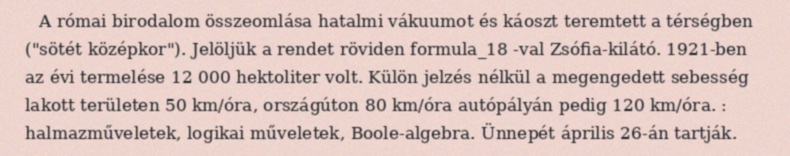
A római birodalom összeomlása hatalmi vákuumot és káoszt teremtett a térségben ("sötét középkor"). Jelöljük a rendet röviden formula_18 -val Zsófia-kilátó. 1921-ben az évi termelése 12 000 hektoliter volt. Külön jelzés nélkül a megengedett sebesség lakott területen 50 km/óra, országúton 80 km/óra autópályán pedig 120 km/óra. : halmazműveletek, logikai műveletek, Boole-algebra. Ünnepét április 26-án tartják.